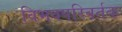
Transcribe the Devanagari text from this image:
विभवपरिवर्तक